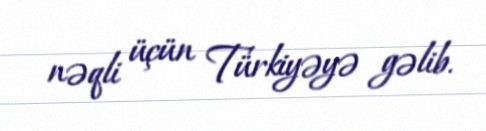
nəqli üçün Türkiyəyə gəlib.